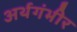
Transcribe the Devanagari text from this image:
अर्थगंभीर